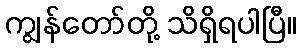
ကျွန်တော်တို့ သိရှိရပါပြီ။